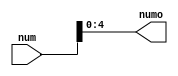
module ReducirBitMips(
       input [31:0]num,
       output [4:0] numo);
		 
 assign numo = num[4:0];
 
endmodule